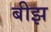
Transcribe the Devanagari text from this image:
बीझ